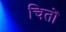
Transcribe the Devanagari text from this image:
चितों